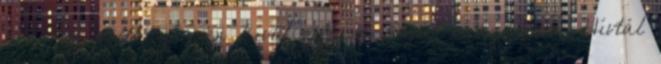
bennem voltál, és én kívül voltam saját magamon. Hívtál